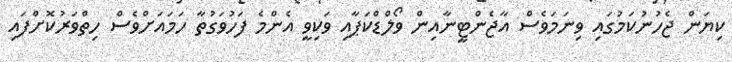
ކިޔަން ޖެހުނުކަމުގައި ވިނަމަވެސް އާޖެންޓީނާއިން ވޯލްޑްކަޕާއި ވަކިވީ އެންމެ ފަހުވަގުތާ ހަމައަށްވެސް ހިތްވަރުކޮށްފައި